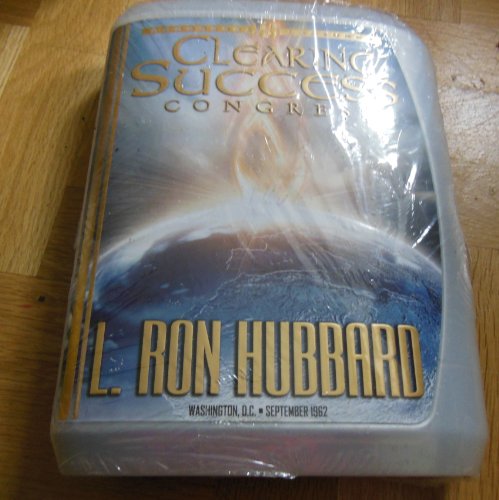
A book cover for Success Congress (Congress Lectures); L. Ron Hubbard; Religion & Spirituality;